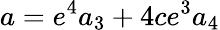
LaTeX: a=e^{4}a_{3}+4ce^{3}a_{4}